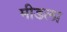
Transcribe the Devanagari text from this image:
मीडला